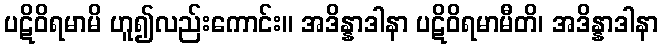
ပဋိဝိရမာမိ ဟူ၍လည်းကောင်း။ အဒိန္နာဒါနာ ပဋိဝိရမာမီတိ၊ အဒိန္နာဒါနာ